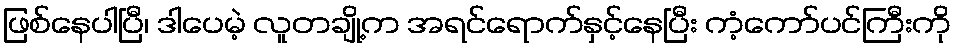
ဖြစ်နေပါပြီ၊ ဒါပေမဲ့ လူတချို့က အရင်ရောက်နှင့်နေပြီး ကံ့ကော်ပင်ကြီးကို